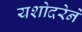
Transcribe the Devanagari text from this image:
यशोदरेने